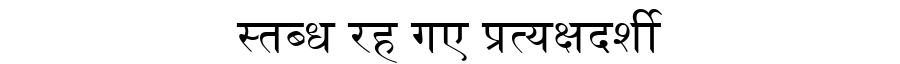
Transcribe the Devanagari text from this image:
स्तब्ध रह गए प्रत्यक्षदर्शी